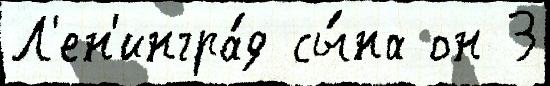
Л'ен'ингра́д сы́на он 3